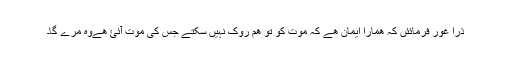
ذرا غور فرمائئں کہ ھمارا ایمان ھے کہ موت کو تو ھم روک نہیں سکتے جس کی موت آئئ ھےوہ مرے گا۔